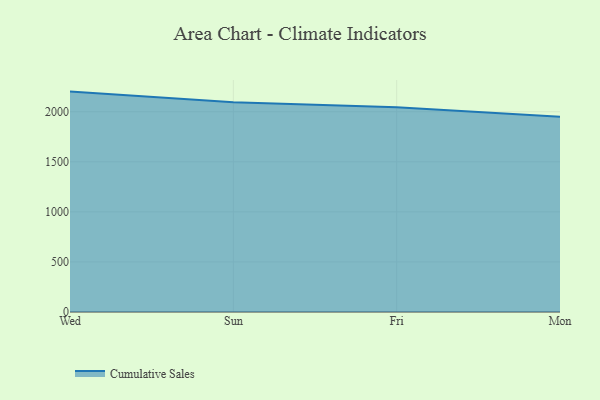
{"axis": {"x": "Day", "y": "LTV (USD)"}, "legend": ["Cumulative Sales"], "data": [{"x": "Wed", "y": 2201.1, "type": "Cumulative Sales"}, {"x": "Sun", "y": 2093.7, "type": "Cumulative Sales"}, {"x": "Fri", "y": 2045.3, "type": "Cumulative Sales"}, {"x": "Mon", "y": 1950.0, "type": "Cumulative Sales"}]}